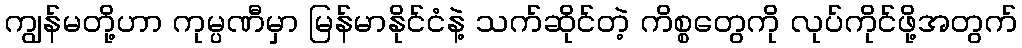
ကျွန်မတို့ဟာ ကုမ္ပဏီမှာ မြန်မာနိုင်ငံနဲ့ သက်ဆိုင်တဲ့ ကိစ္စတွေကို လုပ်ကိုင်ဖို့အတွက်